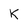
Character: K